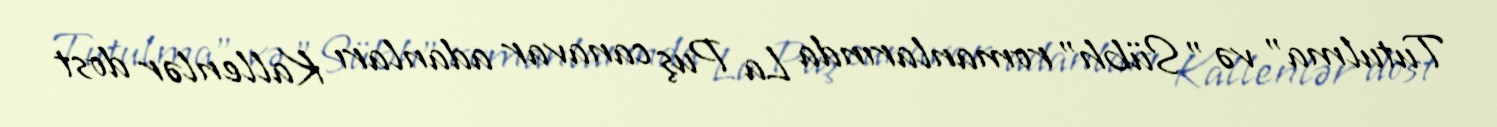
Tutulma" və "Sübh" romanlarında La Puş canavar adanları Kallenlər dost